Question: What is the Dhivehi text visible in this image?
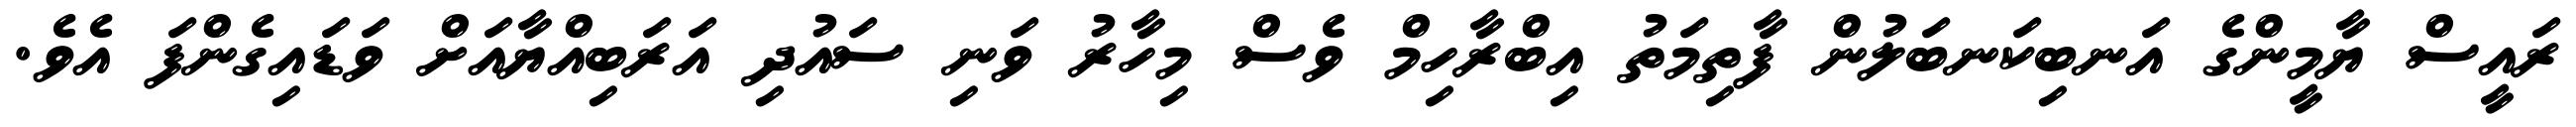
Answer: ރައީސް ޔާމީންގެ އަނބިކަނބަލުން ފާތިމަތު އިބްރާހިމް ވެސް މިހާރު ވަނި ސައުދި އަރަބިއްޔާއަށް ވަޑައިގެންފަ އެވެ.